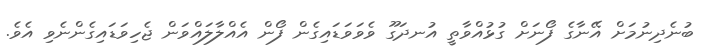
ބުނެދިނުމަށް އޭނާގެ ފޯނަށް ގުޅުއްވާތީ އުނދަގޫ ވެވަވަޑައިގެން ފޯން އެއްލާލައްވަން ޖެހިވަޑައިގެންނެވި އެވެ.